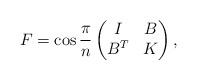
LaTeX: \begin{align*} F=\cos \frac{\pi}{n}\begin{pmatrix} I & B \\ B^T & K \end{pmatrix},\end{align*}